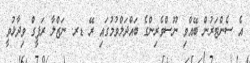
އެ ސެންޓަރުން ބޭއްވި ނޫސްވެރިންގެ ބައްދަލްވުމުގައި ރޭ ޑރ. ނަޒްލާ ރަފީގް ވިދާޅުވީ